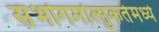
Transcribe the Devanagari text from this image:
संभोगमोत्सुकतेमध्ये